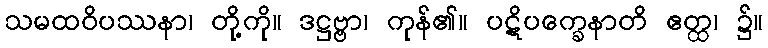
သမထဝိပဿနာ၊ တို့ကို။ ဒဋ္ဌဗ္ဗာ၊ ကုန်၏။ ပဋိပက္ခေနာတိ ဧတ္ထ၊ ၌။